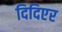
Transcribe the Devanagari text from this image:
दिदिएर